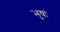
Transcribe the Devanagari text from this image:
भुयां